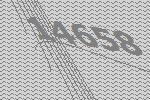
14658